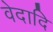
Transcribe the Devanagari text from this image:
वेदादि